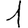
Digit: 1